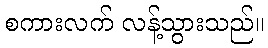
စကားလက် လန့်သွားသည်။